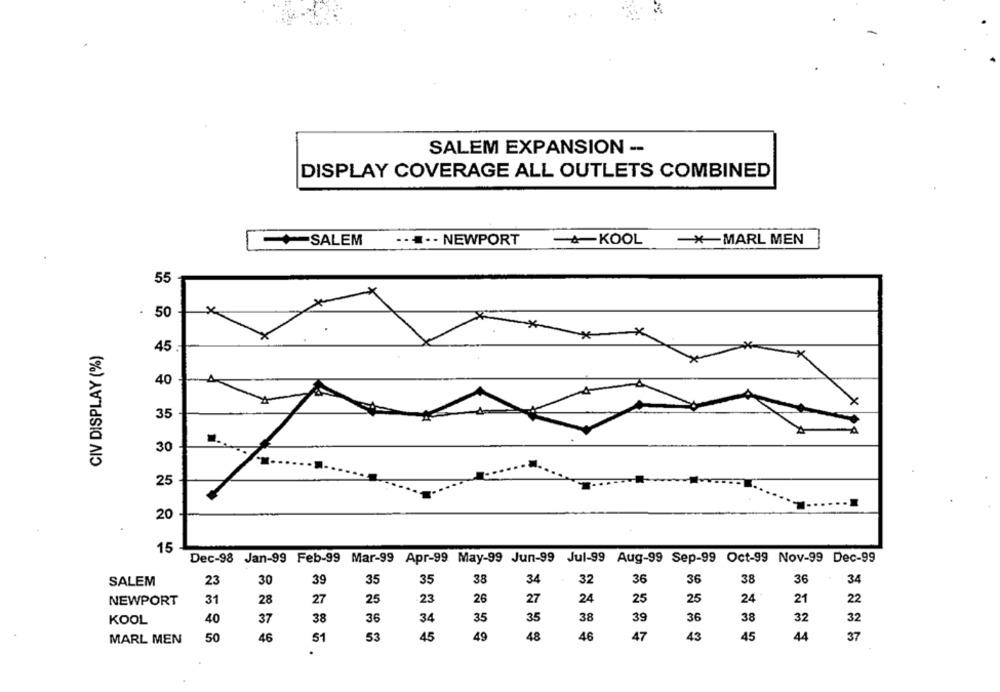
SALEM EXPANSION --
DISPLAY COVERAGE ALL OUTLETS COMBINED
....- NEWPORT
-+-KOOL
-*- MARL MEN
SALEM
55
x
. 50
CIV DISPLAY (%)
45
40
35
30
25
20
15
Dec-98 Jan-99 Feb-99 Mar-99 Apr-99 May-99 Jun-99 Jul-99 Aug-99 Sep-99 Oct-99 Nov-99 Dec-99
23
30
39
35
35
38
34
32
36
36
38
36
34
SALEM
NEWPORT
31
28
27
25
-23
26
27
24
25
25
24
21
22
KOOL
40
37
38
36
34
35
35
38
39
36
38
32
32
45
49
48
46
47
43
45
44
37
MARL MEN
50
46
51
53